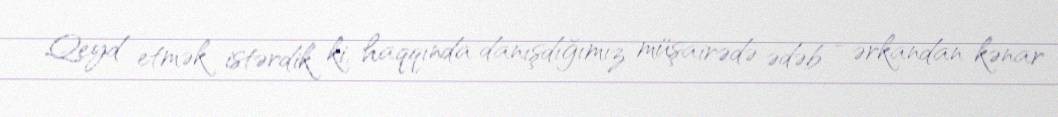
Qeyd etmək istərdik ki, haqqında danışdığımız müşairədə ədəb - ərkandan kənar